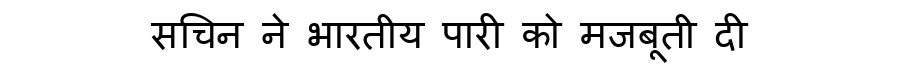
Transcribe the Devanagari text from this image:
सचिन ने भारतीय पारी को मजबूती दी